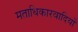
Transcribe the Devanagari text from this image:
मताधिकारवादियों